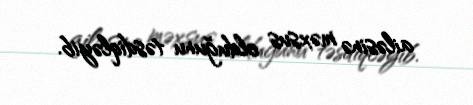
ailəsinə məxsus olduğunu təsdiqləyib.